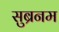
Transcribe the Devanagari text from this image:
सुब्रनम